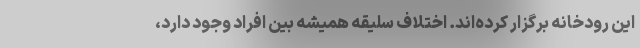
این رودخانه برگزار کرده‌اند. اختلاف سلیقه همیشه بین افراد وجود دارد،